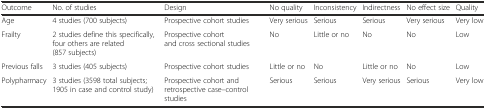
| Outcome | No. of studies | Design | No quality | Inconsistency | Indirectness | No effect size | Quality |
 | --- | --- | --- | --- | --- | --- | --- | --- |
 | Age | 4 studies (700 subjects) | Prospective cohort studies | Very serious | Serious | Serious | Very serious | Very low |
 | Frailty | 2 studies define this specifically, four others are related (857 subjects) | Prospective cohort and cross sectional studies | No | Little or no | No | No | Low |
 | Previous falls | 3 studies (405 subjects) | Prospective cohort studies | Little or no | No | Little or no | No | Low |
 | Polypharmacy | 3 studies (3598 total subjects; 1905 in case and control study) | Prospective cohort and retrospective case–control studies | Serious | Serious | Very serious | Serious | Very low |